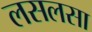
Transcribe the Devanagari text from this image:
लसलसा